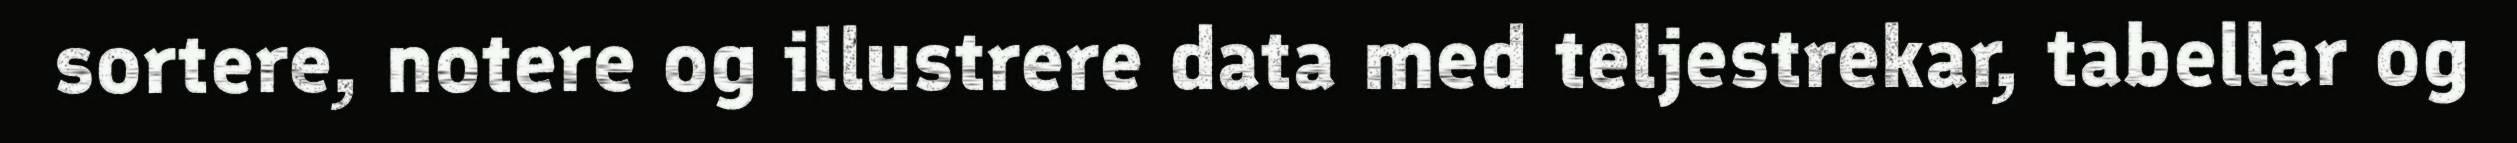
sortere, notere og illustrere data med teljestrekar, tabellar og